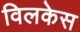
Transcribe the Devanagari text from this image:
विलकेस